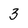
Character: 3